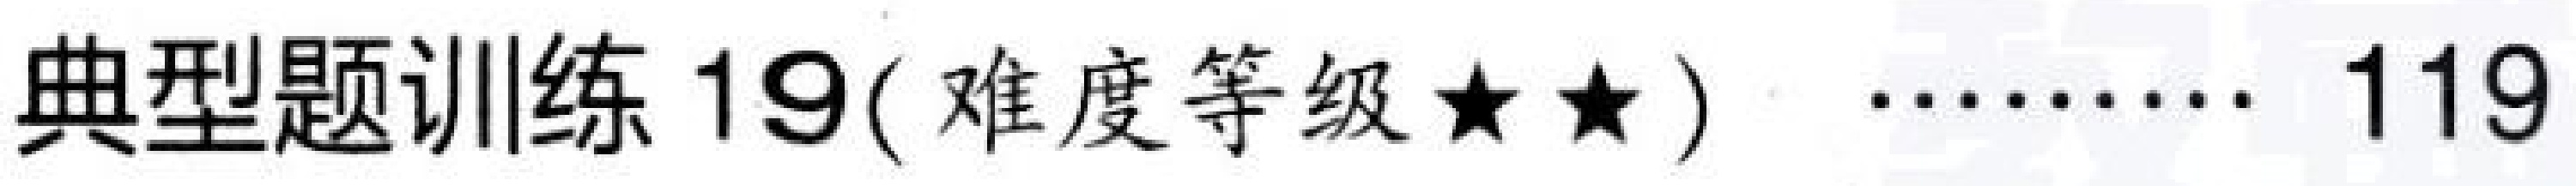
典型题训练 \(19(\)难度等级\(★★)\ \cdots\cdots 119\)